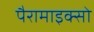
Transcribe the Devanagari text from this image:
पैरामाइक्सो